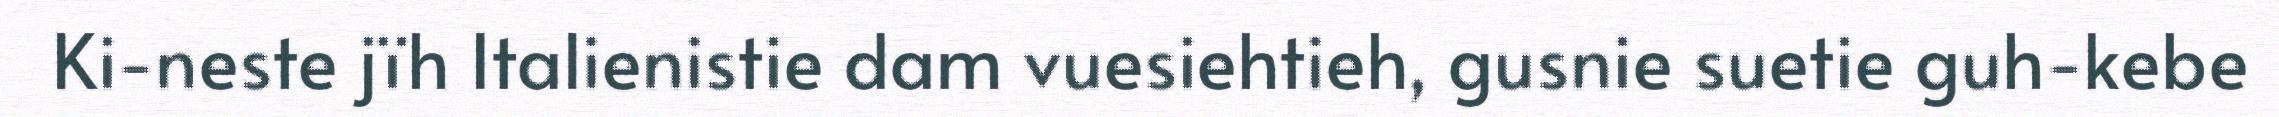
Ki-neste jïh Italienistie dam vuesiehtieh, gusnie suetie guh-kebe